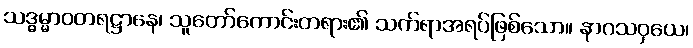
သဒ္ဓမ္မာဝတရဋ္ဌာနေ၊ သူတော်ကောင်းတရား၏ သက်ရာအရပ်ဖြစ်သော။ နာဂသဝှယေ၊